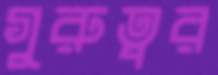
গুরুত্বর